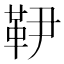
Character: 𩉥